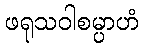
ဖရုသဝါစမ္ပာဟံ